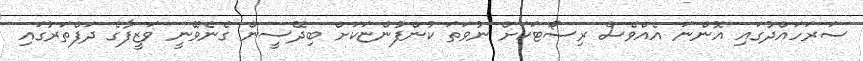
ސަރަހައްދުގައި އޮންނަ އެއްވެސް ރިސޯޓަކަށް ނުވަތަ ކުންފުންޏަކަށް ބިދޭސީން ގެނެވޭނީ ވަޒީފާގެ ދަފްތަރުގައި